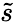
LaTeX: \widetilde s